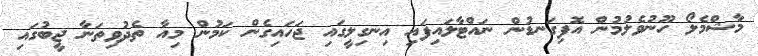
މާޝްމެލޯ ހޫނުވެލުމުން އޮފިގަނޑުން ނައްޓާލައިފައި އިނގިލީގައި ޖަހައިގެން ކަމުން މިއާ ތެދުވިތަނާ ޖީބުގައި